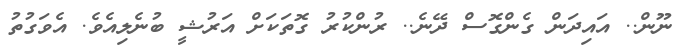
ނޫން.. އައިދަން ގެންގޮސް ދޭނެ.. ރުންކުރު ގޮތަކަށް އަރުޝީ ބުނެލިއެވެ. އެވަގުތު